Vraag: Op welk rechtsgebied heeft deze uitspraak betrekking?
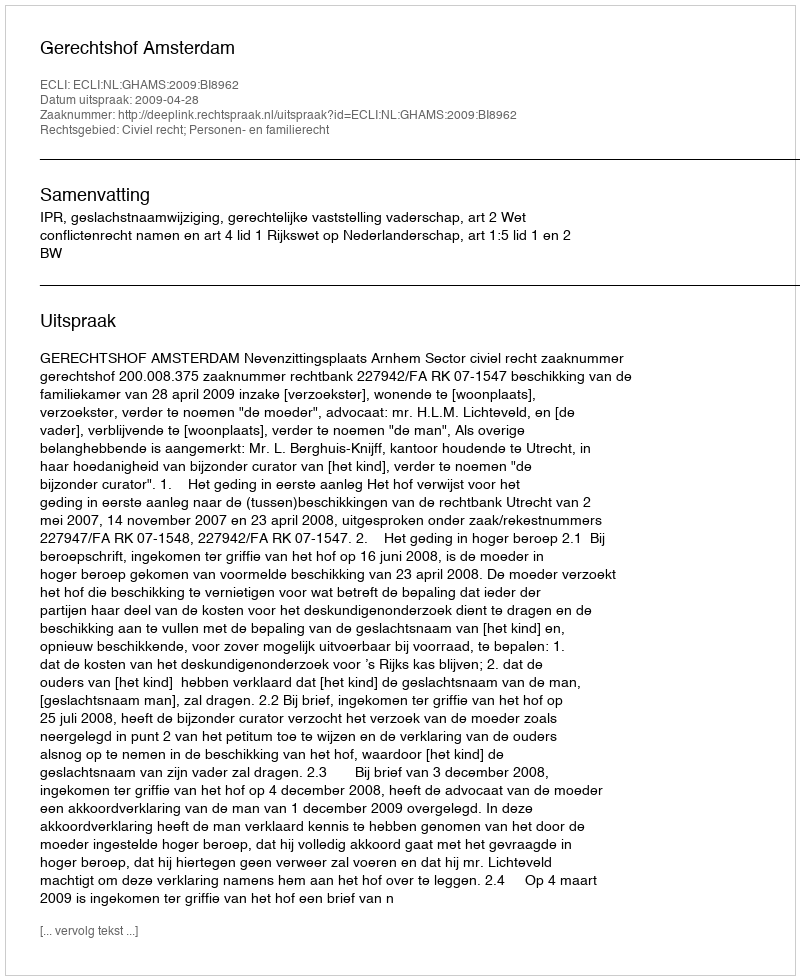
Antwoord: Civiel recht; Personen- en familierecht